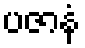
ပဇာနံ